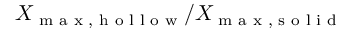
X _ { \textup { m a x , h o l l o w } } / X _ { \textup { m a x , s o l i d } }